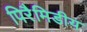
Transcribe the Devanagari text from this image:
पिरैमिडीय